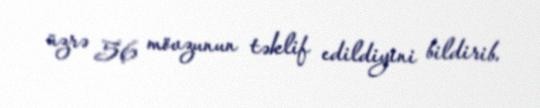
üzrə 56 mövzunun təklif edildiyini bildirib.